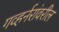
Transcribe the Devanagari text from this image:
गव्हर्नरांवरील